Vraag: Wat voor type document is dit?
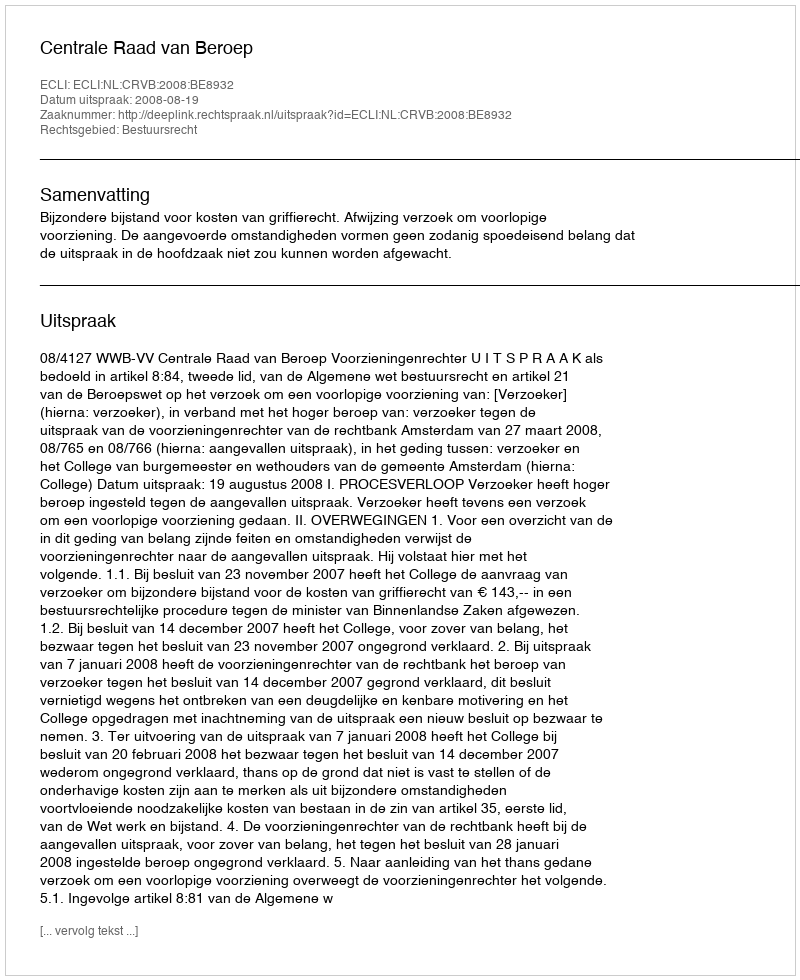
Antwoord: Uitspraak